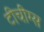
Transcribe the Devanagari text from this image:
टीचींग्स